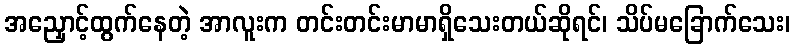
အညှောင့်ထွက်နေတဲ့ အာလူးက တင်းတင်းမာမာရှိသေးတယ်ဆိုရင်၊ သိပ်မခြောက်သေး၊